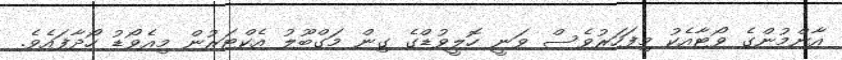
އާންމުންގެ ވޯޓާއެކު މިފަހަރުވެސް ވަނީ ހޮލީވުޑްގެ ގިން މަގްބޫލު އެކްޓަރުން މިއެވޯޑު ހޯދާފައެވެ.